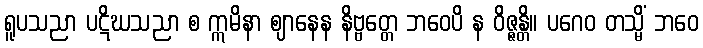
ရူပသညာ ပဋိဃသညာ စ ဣမိနာ ဈာနေန နိဗ္ဗတ္တေ ဘဝေပိ န ဝိဇ္ဇန္တိ။ ပဂေဝ တသ္မိံ ဘဝေ